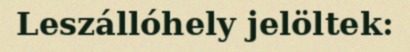
Leszállóhely jelöltek: